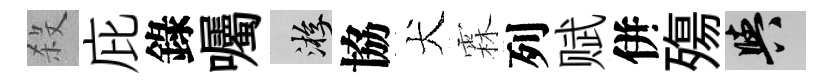
殺庇錄囑游協犬霖列赋併殤阳